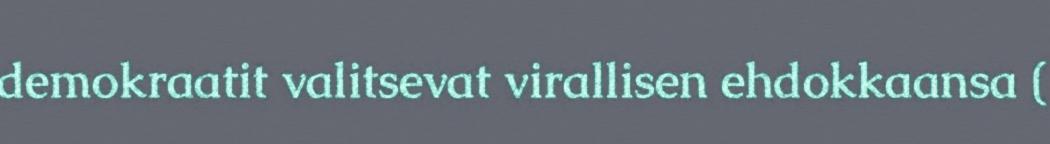
demokraatit valitsevat virallisen ehdokkaansa (